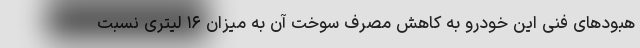
هبودهای فنی این خودرو به کاهش مصرف سوخت آن به میزان ۱۶ لیتری نسبت